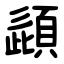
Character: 頿